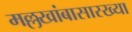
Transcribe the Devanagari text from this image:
मल्लखांबासारख्या